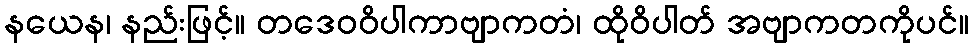
နယေန၊ နည်းဖြင့်။ တဒေဝဝိပါကာဗျာကတံ၊ ထိုဝိပါတ် အဗျာကတကိုပင်။